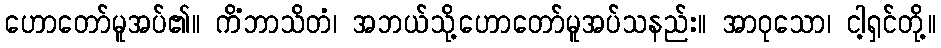
ဟောတော်မူအပ်၏။ ကိံဘာသိတံ၊ အဘယ်သို့ဟောတော်မူအပ်သနည်း။ အာဝုသော၊ ငါ့ရှင်တို့။